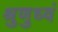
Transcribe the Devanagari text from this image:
श्रुणुध्वं